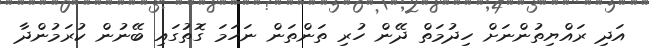
އަދި ރައްޔިތުންނަށް ހިދުމަތް ދޭން ހުރި ތަންތަން ނަހަމަ ގޮތުގައި ބޭނުން ކުރަމުންދާ